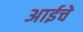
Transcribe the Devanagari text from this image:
अाईचे